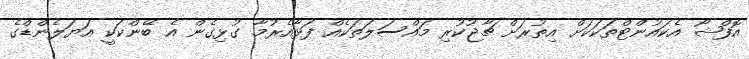
އޮފްޝޯ އެކައުންޓްތަކަކަށް އިތުރަށް ޗާޖުކުރި މައްސަލަތަކެއް ފަޅާއެރުމާ ގުޅިގެން އެ ބޭންކަކީ އަޔަލެންޑްގެ